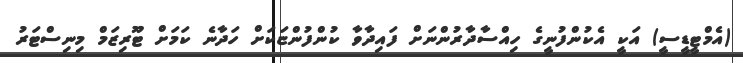
(އެމްޓީޑީސީ) އަކީ އެކުންފުނީގެ ހިއްސާދާރުންނަށް ފައިދާވާ ކުންފުންޏަކަށް ހަދާނެ ކަމަށް ޓޫރިޒަމް މިނިސްޓަރު